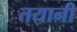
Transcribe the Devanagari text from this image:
तयानी